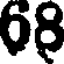
68